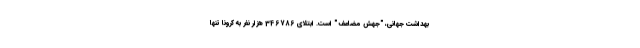
بهداشت جهانی، "جهش مضاعف " است. ابتلای 346786 هزار نفر به کرونا تنها